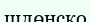
шлөнско